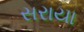
સરાયા